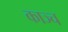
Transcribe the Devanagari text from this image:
काञ्च